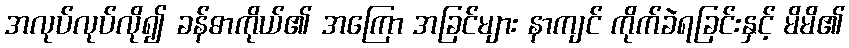
အလုပ်လုပ်လို၍ ခန်ဓာကိုယ်၏ အကြော အခြင်များ နာကျင် ကိုက်ခဲရခြင်းနှင့် မိမိ၏